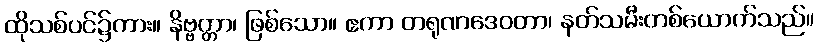
ထိုသစ်ပင်၌ကား။ နိဗ္ဗတ္တာ၊ ဖြစ်သော။ ဧကာ တရုဏဒေဝတာ၊ နတ်သမီးတစ်ယောက်သည်။